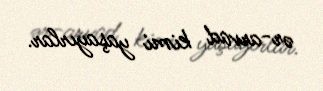
ər-arvad kimi yaşayırlar.